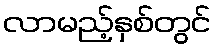
လာမည့်နှစ်တွင်